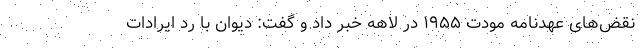
نقض‌های عهدنامه مودت ۱۹۵۵ در لاهه خبر داد و گفت: دیوان با رد ایرادات